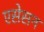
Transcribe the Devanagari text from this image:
एसेसन